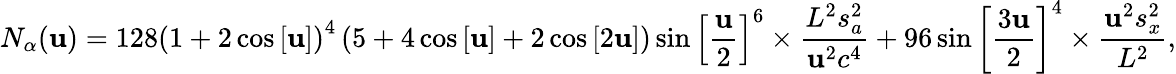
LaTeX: {N_{\alpha}}(\mathbf{u})=128{\left({1+2\cos\left[\mathbf{u}\right]}\right)^{4}}\left({5+4\cos\left[\mathbf{u}\right]+2\cos\left[{2\mathbf{u}}\right]}\right)\sin{\left[{\frac{{\mathbf{u}}}{{2}}}\right]^{6}}\times\frac{{{{L^{2}}s_{a}^{2}}}}{{{{\mathbf{u}^{2}}{c^{4}}}}}+96\sin{\left[{\frac{{{3\mathbf{u}}}}{{2}}}\right]^{4}}\times\frac{{{{\mathbf{u}^{2}}s_{x}^{2}}}}{{{{L^{2}}}}},